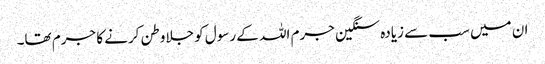
ان میں سب سے زیادہ سنگین جرم اللہ کے رسول کو جلاوطن کرنے کا جرم تھا۔